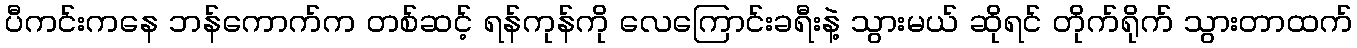
ပီကင်းကနေ ဘန်ကောက်က တစ်ဆင့် ရန်ကုန်ကို လေကြောင်းခရီးနဲ့ သွားမယ် ဆိုရင် တိုက်ရိုက် သွားတာထက်